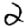
Digit: 2